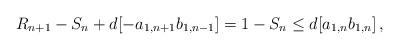
LaTeX: \begin{align*}R_{n+1}-S_{n}+d[-a_{1,n+1}b_{1,n-1}]=1-S_{n}\le d[a_{1,n}b_{1,n}]\,,\end{align*}